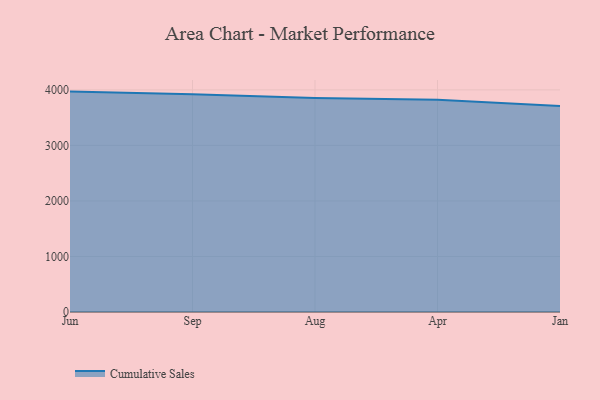
{"axis": {"x": "Month", "y": "Tickets Resolved"}, "legend": ["Cumulative Sales"], "data": [{"x": "Jun", "y": 3968.9, "type": "Cumulative Sales"}, {"x": "Sep", "y": 3921.5, "type": "Cumulative Sales"}, {"x": "Aug", "y": 3852.8, "type": "Cumulative Sales"}, {"x": "Apr", "y": 3820.2, "type": "Cumulative Sales"}, {"x": "Jan", "y": 3711.3, "type": "Cumulative Sales"}]}